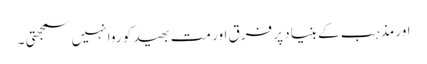
اور مذہب کے بنیاد پر فرق اور مت بھید کو روا نہیں سمجھتی ۔